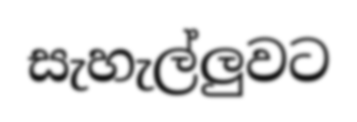
සැහැල්ලුවට